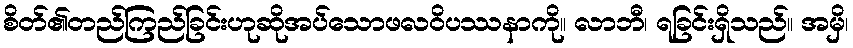
စိတ်၏တည်ကြည်ခြင်းဟုဆိုအပ်သောဖလဝိပဿနာကို။ လာဘီ၊ ရခြင်းရှိသည်။ အမှိ၊